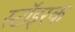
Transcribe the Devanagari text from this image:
स्टॉइरक